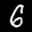
Label: 6